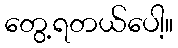
တွေ့ရတယ်ပေါ့။